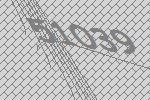
51039